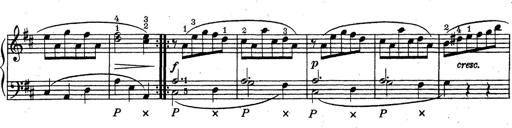
Title: ÄŒeskÃ© Sonatiny
Composer: Various